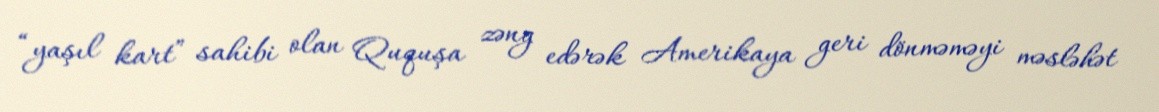
“yaşıl kart” sahibi olan Ququşa zəng edərək Amerikaya geri dönməməyi məsləhət